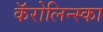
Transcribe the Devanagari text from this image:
कॅरोलिन्स्का